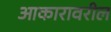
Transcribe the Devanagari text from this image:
आकारावरील